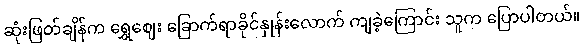
ဆုံးဖြတ်ချိန်က ရွှေဈေး ခြောက်ရာခိုင်နှုန်းလောက် ကျခဲ့ကြောင်း သူက ပြောပါတယ်။